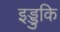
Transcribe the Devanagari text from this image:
इड्डुकि